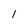
Character: 1